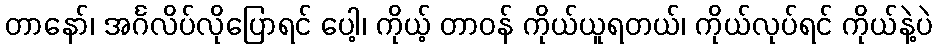
တာနော်၊ အင်္ဂလိပ်လိုပြောရင် ပေါ့၊ ကိုယ့် တာဝန် ကိုယ်ယူရတယ်၊ ကိုယ်လုပ်ရင် ကိုယ်နဲ့ပဲ